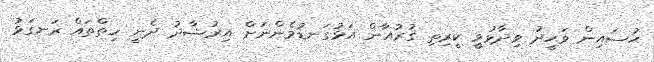
ޙުސައިން ވަޙީދު ވިދާޅުވީ ކީރިތި ޤުރުއާން އަޅުގަނޑުމެންނަށް އިރުޝާދު ދެނީ ހިތްތައް ރަނގަޅު